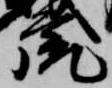
虎